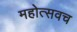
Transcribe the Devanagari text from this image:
महोत्सवच